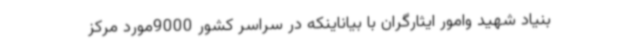
بنیاد شهید وامور ایثارگران با بیاناینکه در سراسر کشور 9000مورد مرکز